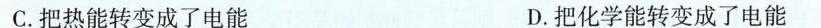
C.把热能转变成了电能 D.把化学能转变成了电能